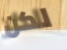
لكن